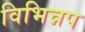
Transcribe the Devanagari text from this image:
विभिन्नप